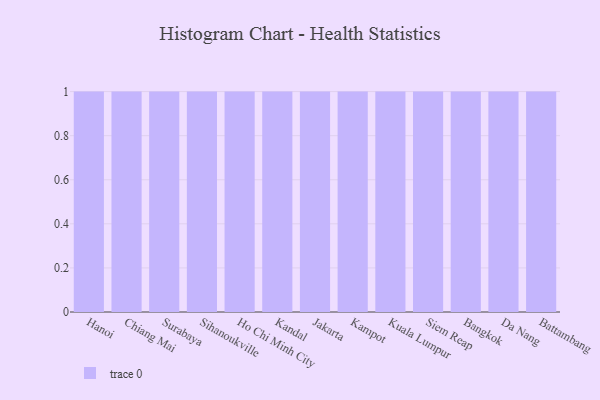
{"axis": {"x": "City", "y": "Gross Profit (USD K)"}, "legend": [""], "data": [{"x": "Hanoi", "y": 47, "type": ""}, {"x": "Chiang Mai", "y": 63, "type": ""}, {"x": "Surabaya", "y": 42, "type": ""}, {"x": "Sihanoukville", "y": 64, "type": ""}, {"x": "Ho Chi Minh City", "y": 3, "type": ""}, {"x": "Kandal", "y": 35, "type": ""}, {"x": "Jakarta", "y": 78, "type": ""}, {"x": "Kampot", "y": 66, "type": ""}, {"x": "Kuala Lumpur", "y": 70, "type": ""}, {"x": "Siem Reap", "y": 17, "type": ""}, {"x": "Bangkok", "y": 77, "type": ""}, {"x": "Da Nang", "y": 4, "type": ""}, {"x": "Battambang", "y": 60, "type": ""}]}